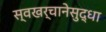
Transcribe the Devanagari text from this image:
स्वखर्चानेसुद्धा